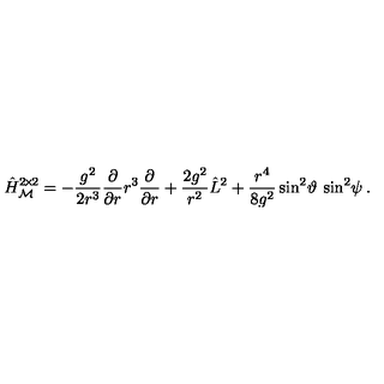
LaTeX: \hat { H } _ { \mathcal M } ^ { 2 \! \times \! 2 } = - \frac { g ^ { 2 } } { 2 r ^ { 3 } } \frac { \partial } { \partial r } r ^ { 3 } \frac { \partial } { \partial r } + \frac { 2 g ^ { 2 } } { r ^ { 2 } } \hat { L } ^ { 2 } + \frac { r ^ { 4 } } { 8 g ^ { 2 } } \sin ^ { 2 } \! \vartheta \: \sin ^ { 2 } \! \psi \: .